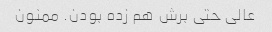
عالی حتی برش هم زده بودن. ممنون